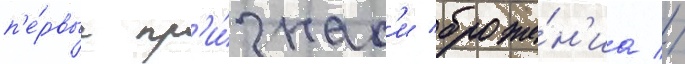
п'е́рвые пр'и́знак'и броже́н'иа //